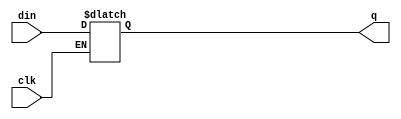
// Code your design here
//D LATCH 
module dff(
    input  din , clk, 
  output reg  q);
  
  always@(din or clk)
    begin  
      if(clk)
        q = din ;
      else
        q=q;
    end
endmodule 
  



  //testbench code for d latch 
  
// Code your testbench here
// or browse Examples
`timescale  1ns/1ps
module tb ;
   reg d ;
  reg clk;
  wire q ;

  dff uut(.din(d) , .clk(clk) , .q(q));
  initial begin
    
    $dumpfile("test.vcd" );
    $dumpvars(0 , tb);
    
     d=0;
    clk=1;
  #5 ; d=1 ; clk=1;
     #5 ; d=0 ;clk=0; 
    #5 ; d=1 ; clk=1;
    #5 ; d=0 ; clk=0;
    $finish;
    
  end
  always begin  #50  clk = ~clk ; 
  end
   
endmodule